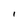
Character: l